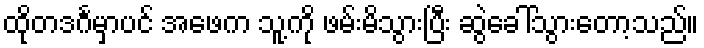
ထိုတဒင်္ဂမှာပင် အဖေက သူ့ကို ဖမ်းမိသွားပြီး ဆွဲခေါ်သွားတော့သည်။